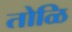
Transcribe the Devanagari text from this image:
तोळि